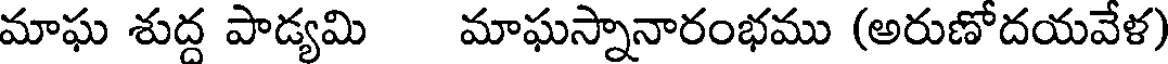
మాఘ శుద్ద పాడ్యమి మాఘస్నానారంభము (అరుణోదయవేళ)